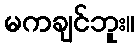
မကချင်ဘူး။